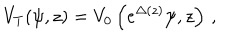
V _ { T } ( \psi , z ) = V _ { 0 } \left( e ^ { \Delta ( z ) } \psi , z \right) \, ,